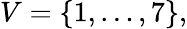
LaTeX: V=\{ 1,\ldots,7\} ,